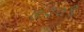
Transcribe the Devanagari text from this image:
७२०९